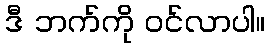
ဒီ ဘက်ကို ဝင်လာပါ။